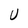
Character: U